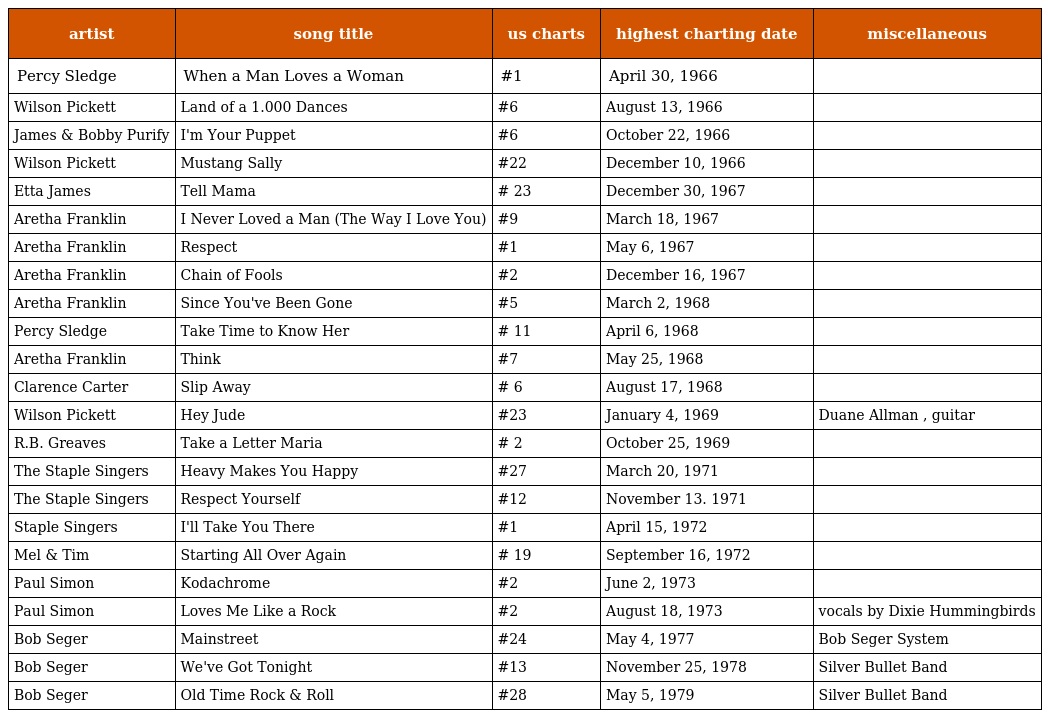
| artist | song title | us charts | highest charting date | miscellaneous |
 | --- | --- | --- | --- | --- |
 | Percy Sledge | When a Man Loves a Woman | #1 | April 30, 1966 |  |
 | Wilson Pickett | Land of a 1.000 Dances | #6 | August 13, 1966 |  |
 | James & Bobby Purify | I'm Your Puppet | #6 | October 22, 1966 |  |
 | Wilson Pickett | Mustang Sally | #22 | December 10, 1966 |  |
 | Etta James | Tell Mama | # 23 | December 30, 1967 |  |
 | Aretha Franklin | I Never Loved a Man (The Way I Love You) | #9 | March 18, 1967 |  |
 | Aretha Franklin | Respect | #1 | May 6, 1967 |  |
 | Aretha Franklin | Chain of Fools | #2 | December 16, 1967 |  |
 | Aretha Franklin | Since You've Been Gone | #5 | March 2, 1968 |  |
 | Percy Sledge | Take Time to Know Her | # 11 | April 6, 1968 |  |
 | Aretha Franklin | Think | #7 | May 25, 1968 |  |
 | Clarence Carter | Slip Away | # 6 | August 17, 1968 |  |
 | Wilson Pickett | Hey Jude | #23 | January 4, 1969 | Duane Allman , guitar |
 | R.B. Greaves | Take a Letter Maria | # 2 | October 25, 1969 |  |
 | The Staple Singers | Heavy Makes You Happy | #27 | March 20, 1971 |  |
 | The Staple Singers | Respect Yourself | #12 | November 13. 1971 |  |
 | Staple Singers | I'll Take You There | #1 | April 15, 1972 |  |
 | Mel & Tim | Starting All Over Again | # 19 | September 16, 1972 |  |
 | Paul Simon | Kodachrome | #2 | June 2, 1973 |  |
 | Paul Simon | Loves Me Like a Rock | #2 | August 18, 1973 | vocals by Dixie Hummingbirds |
 | Bob Seger | Mainstreet | #24 | May 4, 1977 | Bob Seger System |
 | Bob Seger | We've Got Tonight | #13 | November 25, 1978 | Silver Bullet Band |
 | Bob Seger | Old Time Rock & Roll | #28 | May 5, 1979 | Silver Bullet Band |